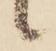
候